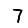
Digit: 7